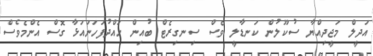
އަދީލް މަޖީދިއްޔާ ސުކޫލުން ކަނޑާލީ ވެސް ސިނގިރެޓް ބުއިން ހައްދުފަހަނައަޅާ ގޮސް އެންމެވެސް